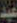
عبد